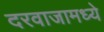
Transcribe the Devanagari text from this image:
दरवाजामध्ये